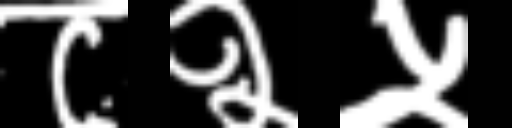
Text: ८२५